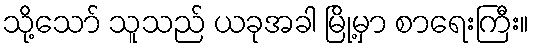
သို့သော် သူသည် ယခုအခါ မြို့မှာ စာရေးကြီး။